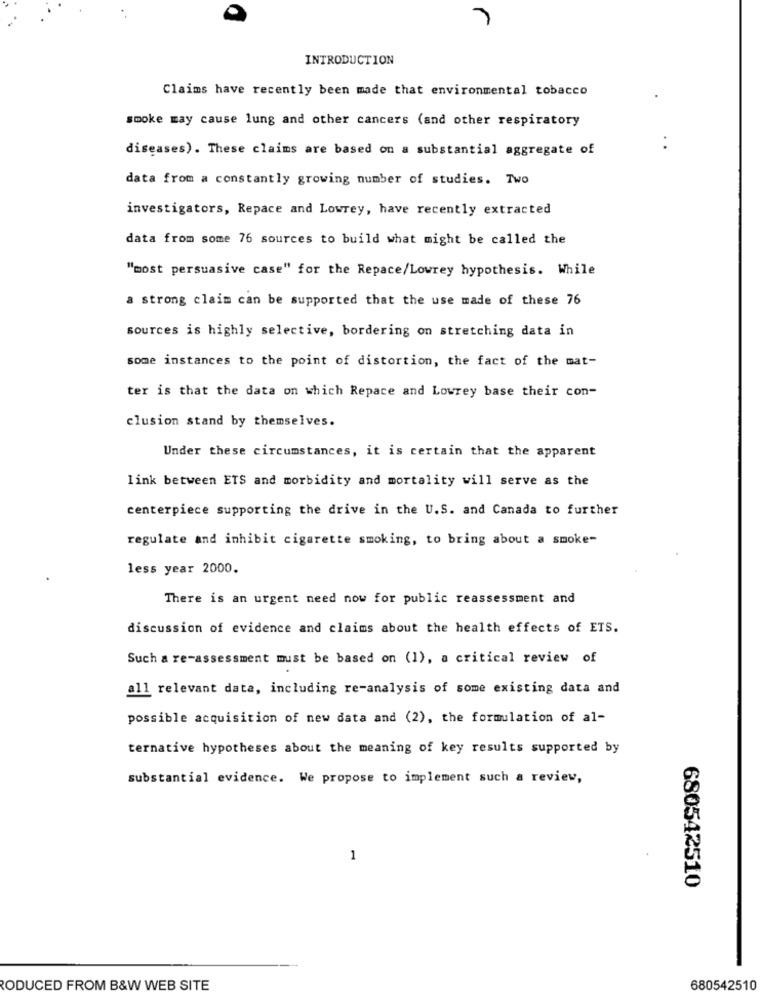
INTRODUCTION
Claims have recently been made that environmental tobacco
smoke may cause lung and other cancers (and other respiratory
diseases). These claims are based on a substantial aggregate of
data from a constantly growing number of studies. Two
investigators, Repace and Lowrey, have recently extracted
data from some 76 sources to build what might be called the
"most persuasive case" for the Repace/Lowrey hypothesis. While
a strong claim can be supported that the use made of these 76
sources is highly selective, bordering on stretching data in
some instances to the point of distortion, the fact of the mat-
ter is that the data on which Repace and Lowrey base their con-
clusion stand by themselves.
Under these circumstances, it is certain that the apparent
link between ETS and morbidity and mortality will serve as the
centerpiece supporting the drive in the U.S. and Canada to further
regulate and inhibit cigarette smoking, to bring about a smoke-
less year 2000.
There is an urgent need now for public reassessment and
discussion of evidence and claims about the health effects of ETS.
Such a re-assessment must be based on (1), a critical review of
all relevant data, including re-analysis of some existing data and
possible acquisition of new data and (2), the formulation of al-
ternative hypotheses about the meaning of key results supported by
substantial evidence. We propose to implement such a review,
1
680542510
RODUCED FROM B&W WEB SITE
680542510